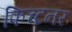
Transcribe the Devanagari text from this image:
फिच्टनर